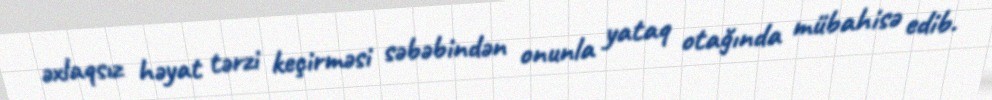
əxlaqsız həyat tərzi keçirməsi səbəbindən onunla yataq otağında mübahisə edib.